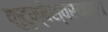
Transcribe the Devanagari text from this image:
कुटुम्बेश्वरयात्रा